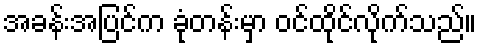
အခန်းအပြင်က ခုံတန်းမှာ ဝင်ထိုင်လိုက်သည်။